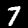
Label: 7